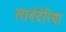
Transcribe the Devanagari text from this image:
लावंदेरिया